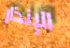
الإنذار